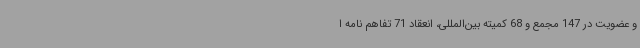
و عضویت در 147 مجمع و 68 کمیته بین‌المللی، انعقاد 71 تفاهم نامه ا